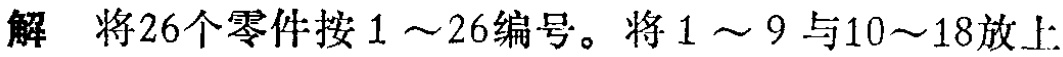
解 将26个零件按$1\sim26$编号。将$1\sim9$与$10\sim18$放上